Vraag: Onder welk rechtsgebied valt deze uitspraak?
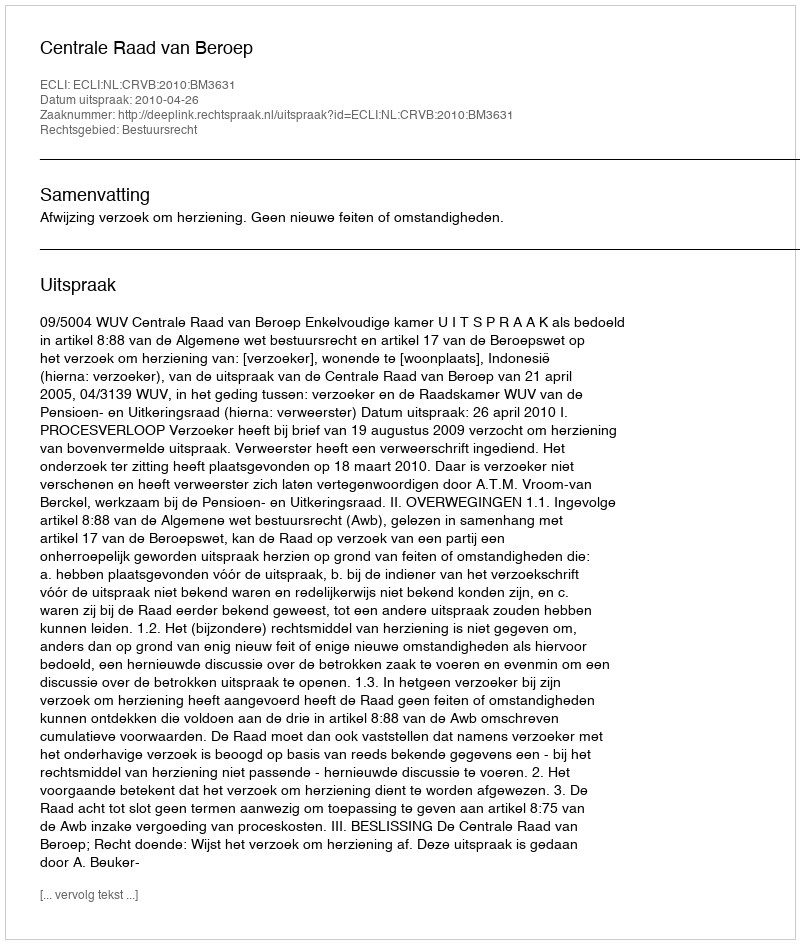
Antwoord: Bestuursrecht